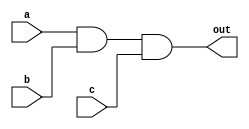
module three_input_and_gate (
    input a,
    input b,
    input c,
    output out
);

assign out = a & b & c;

endmodule